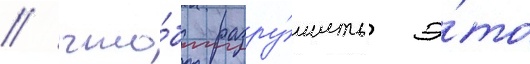
/ что́бы разру́шить э́то